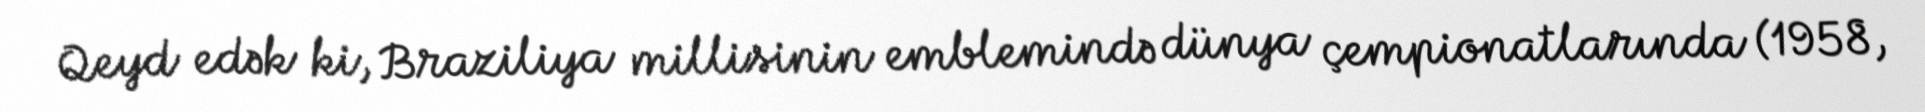
Qeyd edək ki, Braziliya millisinin emblemində dünya çempionatlarında (1958,